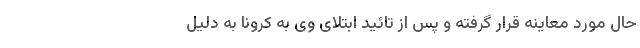
حال مورد معاینه قرار گرفته و پس از تائید ابتلای وی به کرونا به دلیل